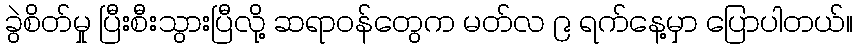
ခွဲစိတ်မှု ပြီးစီးသွားပြီလို့ ဆရာဝန်တွေက မတ်လ ၉ ရက်နေ့မှာ ပြောပါတယ်။